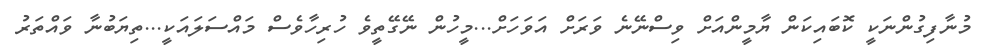
މުނާފިގުންނަކީ ކޮބައިކަން ޔާމީންއަށް ވިސްނޭނެ ވަރަށް އަވަހަށް...މީހުން ނޭގޭތީވެ ހުރިހާވެސް މައްސަލައަކީ...ތިޔަބުނާ ވައްތަަރު